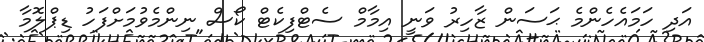
އަދި ހަމައެހެންމެ ޙަސަން ޒާހިރު ވަނީ އިމާމް ސެޓްފިކެޓް ކޯސް ނިންމެވުމަށްފަހު ޑިޕްލޮމާ